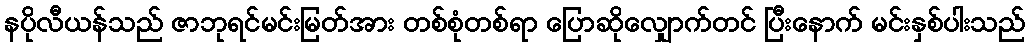
နပိုလီယန်သည် ဇာဘုရင်မင်းမြတ်အား တစ်စုံတစ်ရာ ပြောဆိုလျှောက်တင် ပြီးနောက် မင်းနှစ်ပါးသည်